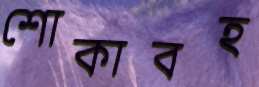
শোকাবহ